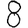
Digit: 8